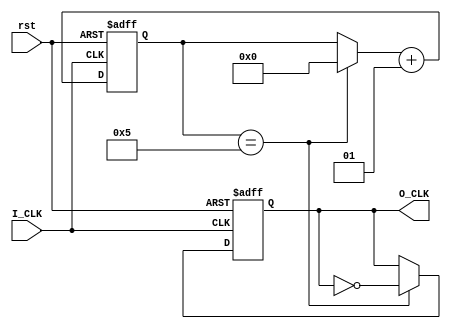
`timescale 1ns / 1ps
module time_divider#(parameter index=5)(
    input I_CLK,
    input rst,
    output O_CLK
);
    reg out;
    integer i;
    always@(posedge I_CLK or posedge rst)
    begin
    if(rst)
        begin
        out=0;
        i=0;
        end
    else
        begin
        if(i==index)
            begin
            i=0;
            out=~out;
            end
        i=i+1;
        end
    end
    assign O_CLK=out;
endmodule